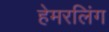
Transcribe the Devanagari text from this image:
हेमरलिंग